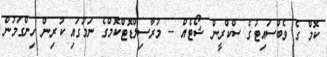
ކޮމް ގެ ވެބްސައިޓުގެ ސްކްރީން ޝޯޓެއް -- މުރާސިލްޑޮޓްކޮމްގެ ނަމުގައި ކުރިން ހިންގަމުން